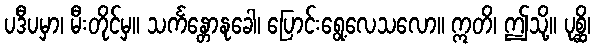
ပဒီပမှာ၊ မီးတိုင်မှ။ သင်္ကန္တောနုခေါ၊ ပြောင်းရွေ့လေသလော။ ဣတိ၊ ဤသို့။ ပုစ္ဆိ၊